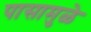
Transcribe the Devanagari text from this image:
पासामुळे